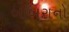
બાબરાનો